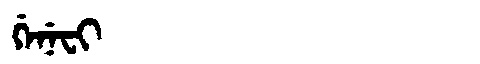
Manchu: ᡤᡝᠨᡝᠸᡳ
Romanization: GENEFI